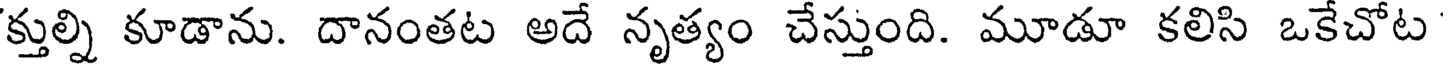
క్తుల్ని కూడాను. దానంతట అదే నృత్యం చేస్తుంది. మూడూ కలిసి ఒకేచోట